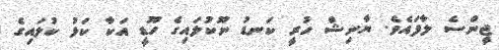
ޖީންސެ ލާފައެވެ. ޔާނިޝް ހުރީ ކަނޑު ނޫކުލައިގެ ހޫޑީ އަކާ ކަޅު ކުލައިގެ